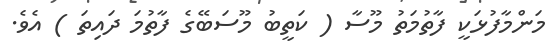
މަންމާފުޅަކީ ފާތުމަތު މޫސާ ( ކަތީބު މޫސަބޭގެ ފާތުމަ ދައިތަ ) އެވެ.